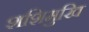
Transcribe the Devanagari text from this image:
शशिमुखि